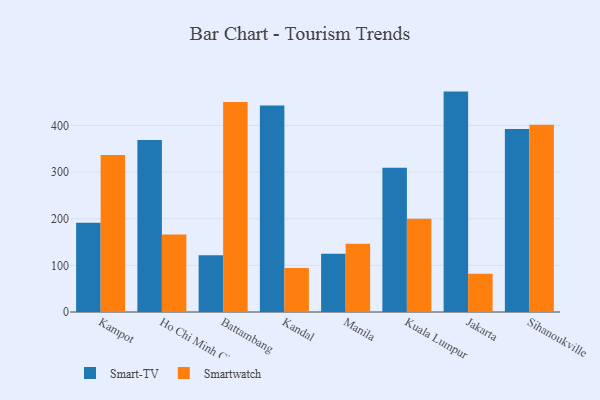
{"axis": {"x": "City", "y": "Production Output"}, "legend": ["Smart-TV", "Smartwatch"], "data": [{"x": "Kampot", "y": 191.4, "type": "Smart-TV"}, {"x": "Kampot", "y": 336.3, "type": "Smartwatch"}, {"x": "Ho Chi Minh City", "y": 368.8, "type": "Smart-TV"}, {"x": "Ho Chi Minh City", "y": 166.3, "type": "Smartwatch"}, {"x": "Battambang", "y": 121.7, "type": "Smart-TV"}, {"x": "Battambang", "y": 449.9, "type": "Smartwatch"}, {"x": "Kandal", "y": 442.8, "type": "Smart-TV"}, {"x": "Kandal", "y": 94.3, "type": "Smartwatch"}, {"x": "Manila", "y": 124.7, "type": "Smart-TV"}, {"x": "Manila", "y": 146.2, "type": "Smartwatch"}, {"x": "Kuala Lumpur", "y": 309.2, "type": "Smart-TV"}, {"x": "Kuala Lumpur", "y": 200.1, "type": "Smartwatch"}, {"x": "Jakarta", "y": 472.4, "type": "Smart-TV"}, {"x": "Jakarta", "y": 82.1, "type": "Smartwatch"}, {"x": "Sihanoukville", "y": 392.2, "type": "Smart-TV"}, {"x": "Sihanoukville", "y": 401.5, "type": "Smartwatch"}]}